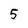
Character: 5